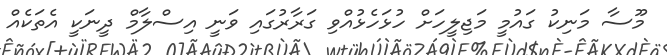
މޫސާ މަނިކު ގައުމީ މަޖިލީހަށް ހުޅަހެޅުއްވި ގަރާރުގައި ވަނީ އިސްލާމް ދީނަކީ އެތަކެއް